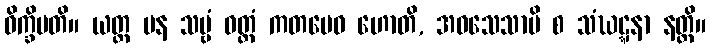
ဝိက္ခိပတိ။ ယတ္ထ ပန သဗ္ဗံ ဝတ္တံ ကတမေဝ ဟောတိ, အဝသေသာပိ စ သံဃဋ္ဋနာ နတ္ထိ။